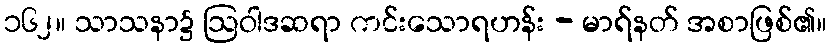
၁၆၂။ သာသနာ၌ ဩဝါဒဆရာ ကင်းသောရဟန်း - မာရ်နတ် အစာဖြစ်၏။